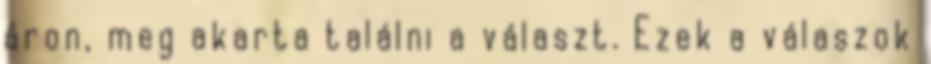
áron, meg akarta találni a választ. Ezek a válaszok